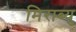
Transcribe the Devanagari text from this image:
मिराब्यु